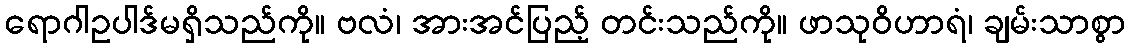
ရောဂါဥပါဒ်မရှိသည်ကို။ ဗလံ၊ အားအင်ပြည့် တင်းသည်ကို။ ဖာသုဝိဟာရံ၊ ချမ်းသာစွာ